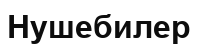
Нушебилер